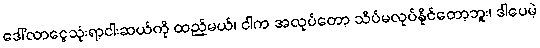
ဒေါ်လာငွေသုံးရာ့ငါးဆယ်ကို ထည့်မယ်၊ ငါက အလုပ်တော့ သိပ်မလုပ်နိုင်တော့ဘူး၊ ဒါပေမဲ့